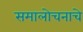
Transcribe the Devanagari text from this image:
समालोचनाचे